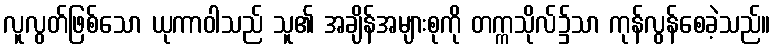
လူလွတ်ဖြစ်သော ယုကာဝါသည် သူ၏ အချိန်အများစုကို တက္ကသိုလ်၌သာ ကုန်လွန်စေခဲ့သည်။